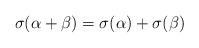
LaTeX: \begin{align*}\sigma(\alpha+\beta)=\sigma(\alpha)+\sigma(\beta)\end{align*}